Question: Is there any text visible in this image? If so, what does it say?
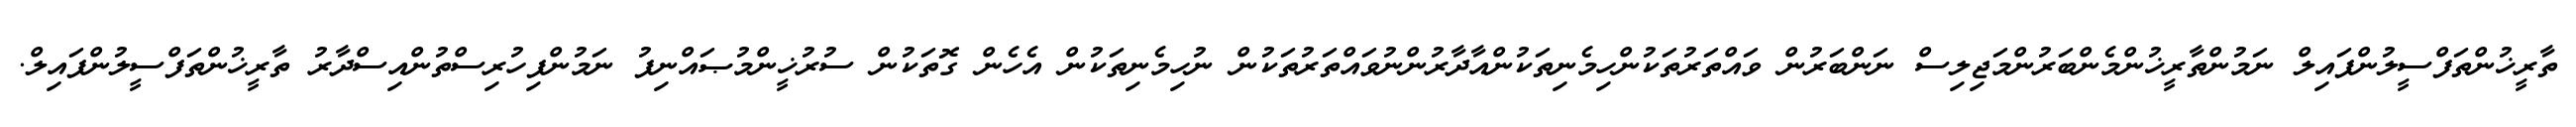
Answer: ތާރީޚުންތަފްސީލުންފައިލް ނަމުންތާރީޚުންމެންބަރުންމަޖިލިސް ނަންބަރުން ވައްތަރުތަކުންހިމެނިތަކުންއާދާރުންނުވައްތަރުތަކުން ނުހިމެނިތަކުން އެހެން ގޮތަކުން ސުރުޚީންމުޞައްނިފު ނަމުންފިހުރިސްތުންއިސްދާރު ތާރީޚުންތަފްސީލުންފައިލް.